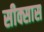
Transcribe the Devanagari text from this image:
सीक्सास